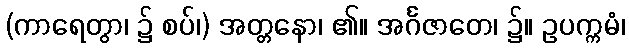
(ကာရေတွာ၊ ၌ စပ်၊) အတ္တနော၊ ၏။ အင်္ဂဇာတေ၊ ၌။ ဥပက္ကမံ၊